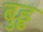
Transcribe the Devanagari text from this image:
बुड्ढ